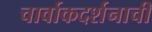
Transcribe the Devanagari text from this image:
चार्वाकदर्शनाची